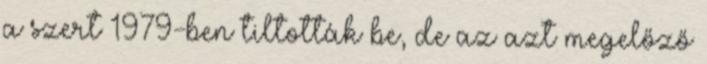
a szert 1979-ben tiltották be, de az azt megelőző